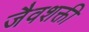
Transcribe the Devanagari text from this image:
जैवशक्ती